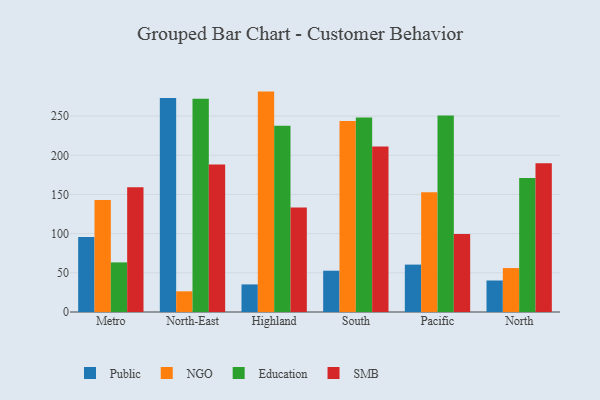
{"axis": {"x": "Region", "y": "Backlog"}, "legend": ["Education", "NGO", "Public", "SMB"], "data": [{"x": "Metro", "y": 95.8, "type": "Public"}, {"x": "Metro", "y": 143.0, "type": "NGO"}, {"x": "Metro", "y": 63.3, "type": "Education"}, {"x": "Metro", "y": 159.2, "type": "SMB"}, {"x": "North-East", "y": 273.0, "type": "Public"}, {"x": "North-East", "y": 26.4, "type": "NGO"}, {"x": "North-East", "y": 272.1, "type": "Education"}, {"x": "North-East", "y": 188.1, "type": "SMB"}, {"x": "Highland", "y": 35.2, "type": "Public"}, {"x": "Highland", "y": 281.3, "type": "NGO"}, {"x": "Highland", "y": 237.6, "type": "Education"}, {"x": "Highland", "y": 133.3, "type": "SMB"}, {"x": "South", "y": 52.7, "type": "Public"}, {"x": "South", "y": 243.7, "type": "NGO"}, {"x": "South", "y": 248.2, "type": "Education"}, {"x": "South", "y": 211.1, "type": "SMB"}, {"x": "Pacific", "y": 60.5, "type": "Public"}, {"x": "Pacific", "y": 152.8, "type": "NGO"}, {"x": "Pacific", "y": 250.7, "type": "Education"}, {"x": "Pacific", "y": 99.6, "type": "SMB"}, {"x": "North", "y": 40.2, "type": "Public"}, {"x": "North", "y": 56.1, "type": "NGO"}, {"x": "North", "y": 171.0, "type": "Education"}, {"x": "North", "y": 189.8, "type": "SMB"}]}